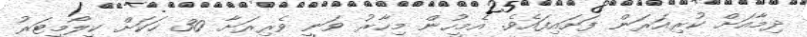
ދިމާއަށް ކުރިއަރަން ފަށައިފައެވެ. އެމީހުން މިހާރު ވަނީ ވެރިރަށާ 30 ހަކަށް ކީލޯމީޓަރު